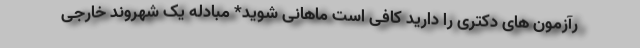
رآزمون های دکتری را دارید کافی است ماهانی شوید* مبادله یک شهروند خارجی